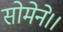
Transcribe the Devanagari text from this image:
सोमेने।।